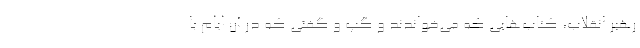
رهبر انقلاب، کتاب‌هایی که می‌خواندند و گپ و گفتی که در آن ایام با